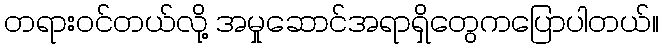
တရားဝင်တယ်လို့ အမှုဆောင်အရာရှိတွေကပြောပါတယ်။